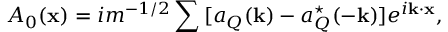
A _ { 0 } ( { \bf x } ) = i m ^ { - 1 / 2 } \sum { } [ a _ { Q } ( { \bf k } ) - a _ { Q } ^ { \star } ( - { \bf k } ) ] e ^ { i { \bf k \cdot x } } ,